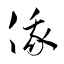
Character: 俄